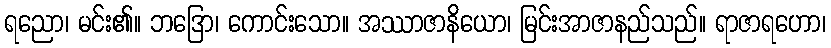
ရညော၊ မင်း၏။ ဘဒြော၊ ကောင်းသော။ အဿာဇာနိယော၊ မြင်းအာဇာနည်သည်။ ရာဇာရဟော၊